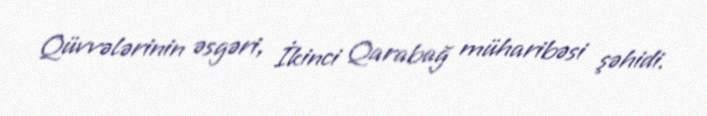
Qüvvələrinin əsgəri, İkinci Qarabağ müharibəsi şəhidi.